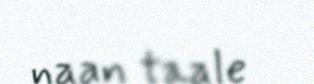
naan taale